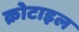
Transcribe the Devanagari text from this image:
क्रोटाइल